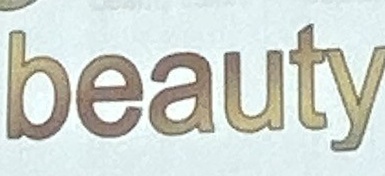
beauty